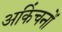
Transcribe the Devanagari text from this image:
अकिंचनों